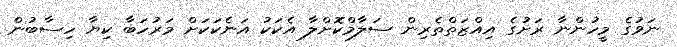
ނަވުގެ މީހުންނާ ރަށުގެ އިއްޒަތްތެރިން ސަލާމްކޮށްލާ އެކަކު އަނެކަކަށް މަރުހަބާ ކިޔާ ހިސާބުން